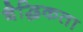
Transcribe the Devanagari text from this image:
बैद्धिकता